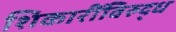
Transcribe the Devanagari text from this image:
शिकारींविरुद्ध